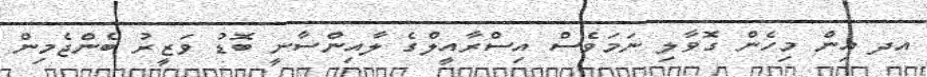
އދ އިން މިހެން ގޮވާލި ނަމަވެސް އިސްރާއީލްގެ ލާއިންސާނީ ބޮޑު ވަޒީރު ބެންޖެމިން